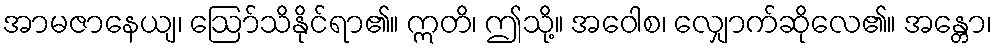
အာမဇာနေယျ၊ ဩော်သိနိုင်ရာ၏။ ဣတိ၊ ဤသို့။ အဝေါစ၊ လျှောက်ဆိုလေ၏။ အန္တော၊